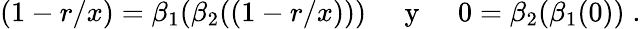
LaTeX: (1-r/x)=\beta_{1}(\beta_{2}((1-r/x)))\; \; \; \; {\mathrm{~y~}}\; \; \; \; 0=\beta_{2}(\beta_{1}(0))\; .